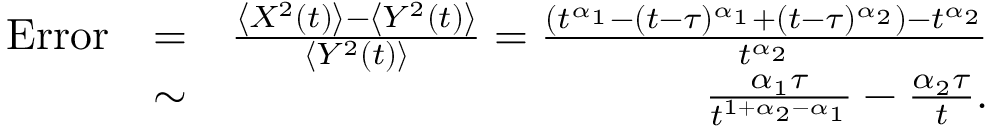
\begin{array} { r l r } { \mathrm { E r r o r } } & { = } & { \frac { \left< X ^ { 2 } ( t ) \right> - \left< Y ^ { 2 } ( t ) \right> } { \left< Y ^ { 2 } ( t ) \right> } = \frac { \left( t ^ { \alpha _ { 1 } } - ( t - \tau ) ^ { \alpha _ { 1 } } + ( t - \tau ) ^ { \alpha _ { 2 } } \right) - t ^ { \alpha _ { 2 } } } { t ^ { \alpha _ { 2 } } } } \\ & { \sim } & { \frac { \alpha _ { 1 } \tau } { t ^ { 1 + \alpha _ { 2 } - \alpha _ { 1 } } } - \frac { \alpha _ { 2 } \tau } { t } . } \end{array}